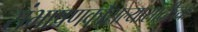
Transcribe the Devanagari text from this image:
संभाषणकौशल्यासाठीच्या